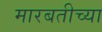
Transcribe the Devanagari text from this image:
मारबतीच्या